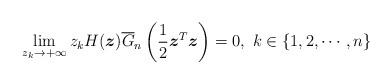
LaTeX: \begin{align*}\lim_{z_{k}\rightarrow +\infty}z_{k}H(\boldsymbol{z})\overline{G}_{n}\left(\frac{1}{2}\boldsymbol{z}^{T}\boldsymbol{z}\right)=0,~k\in\{1,2,\cdots,n\}\end{align*}